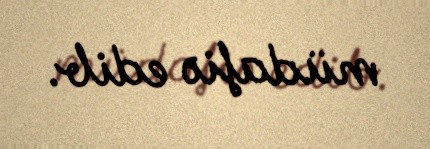
müdafiə edib.